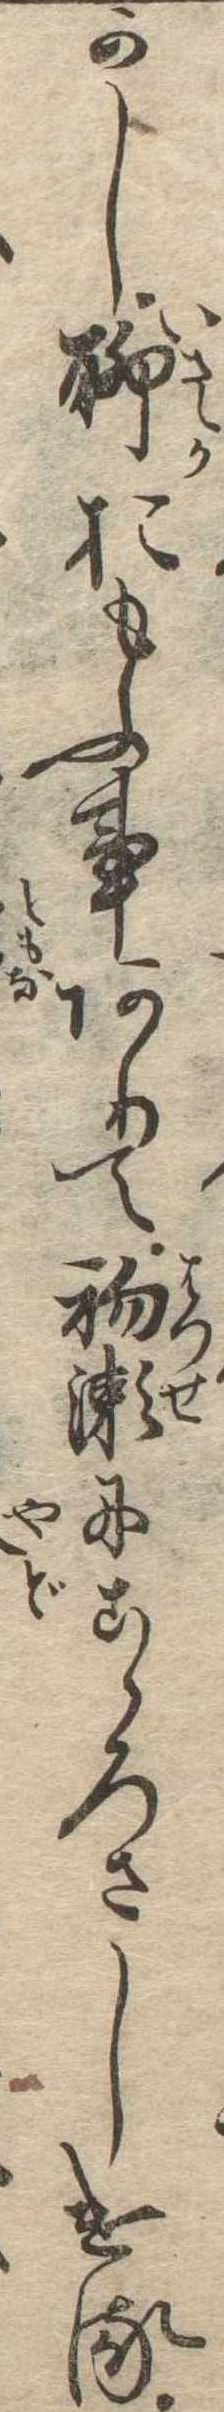
かし聊おもふ事ありて初瀬にこゝろさしける